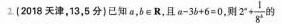
2(2018天津，13，5分}已知a，b\in R，且$$a - 3 + 6 = 0$$，则 $$2 ^{ x } + \frac { 1 } { 8 ^ { k } }$$